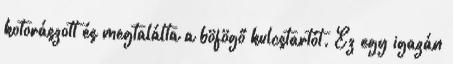
kotorászott és megtalálta a böfögő kulcstartót. Ez egy igazán